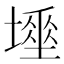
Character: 𡑊